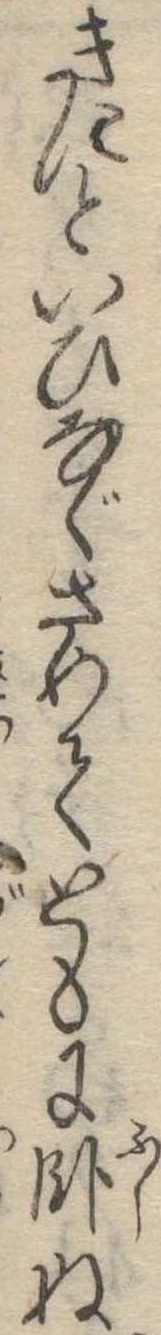
きにといひなぐさめてともに臥ぬ